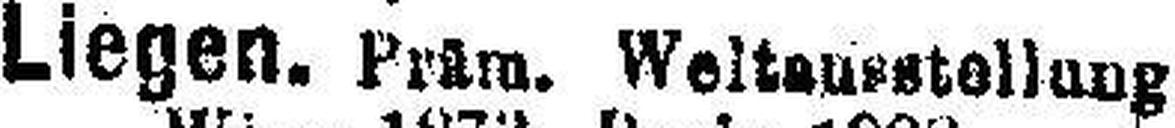
Liegen, Präm. Weltausstellung